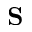
\bf { S }